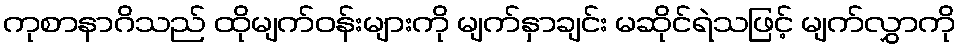
ကုစာနာဂိသည် ထိုမျက်ဝန်းများကို မျက်နှာချင်း မဆိုင်ရဲသဖြင့် မျက်လွှာကို